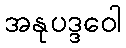
အနုပဒ္ဒဝေါ